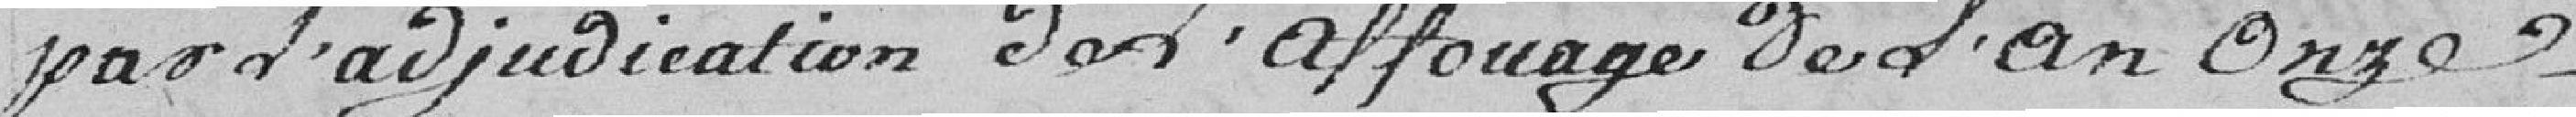
par l'adjudication de l'affutage de l'an Onze